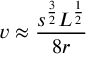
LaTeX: v \approx { \frac { s ^ { \frac { 3 } { 2 } } L ^ { \frac { 1 } { 2 } } } { 8 r } }